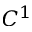
C ^ { 1 }